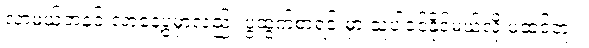
လာမယ့်တနင်းလာနေ့ပွဲမှာလည်း ပွဲထွက်စာရင်းမှာ သူပါဝင်နိုင်မယ်လို့ မထင်ဘူး။